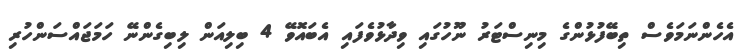
އެހެންނަމަވެސް ތިބޭފުޅުންގެ މިނިސްޓަރު ނޫހުގައި ވިދާޅުވެފައި އެބައޮވޭ 4 ބިލިއަން ލިބިގެންނޭ ހަމަޖައްސަންހުރި